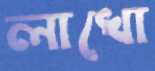
লাখো